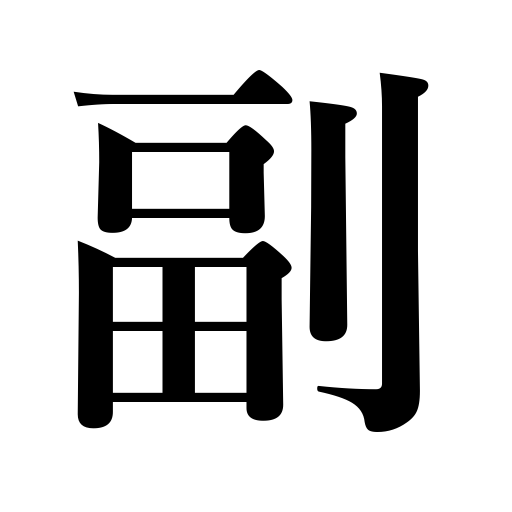
Meanings: associate,copy,duplicate,assistant